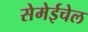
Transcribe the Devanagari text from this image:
सेमेईचेल